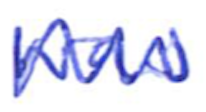
Text: was
Cross-out: zig-zag
Writing tool: ballpoint